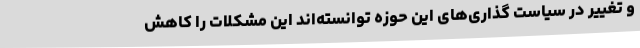
و تغییر در سیاست گذاری‌های این حوزه توانسته‌اند این مشکلات را کاهش